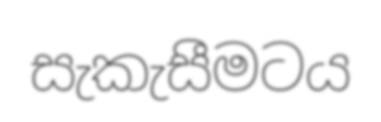
සැකැසීමටය